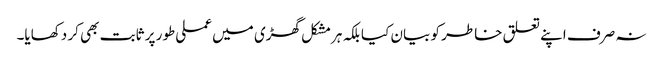
نہ صرف اپنے تعلق خاطر کو بیان کیا بلکہ ہرمشکل گھڑی میں عملی طور پر ثابت بھی کر دکھایا۔